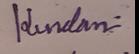
Signature authenticity: genuine